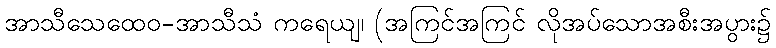
အာသီသေထေဝ-အာသီသံ ကရေယျ၊ (အကြင်အကြင် လိုအပ်သောအစီးအပွား၌